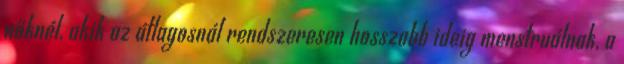
nőknél, akik az átlagosnál rendszeresen hosszabb ideig menstruálnak, a